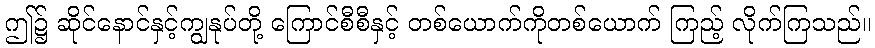
ဤ၌ ဆိုင်နောင်နှင့်ကျွနုပ်တို့ ကြောင်စီစီနှင့် တစ်ယောက်ကိုတစ်ယောက် ကြည့် လိုက်ကြသည်။